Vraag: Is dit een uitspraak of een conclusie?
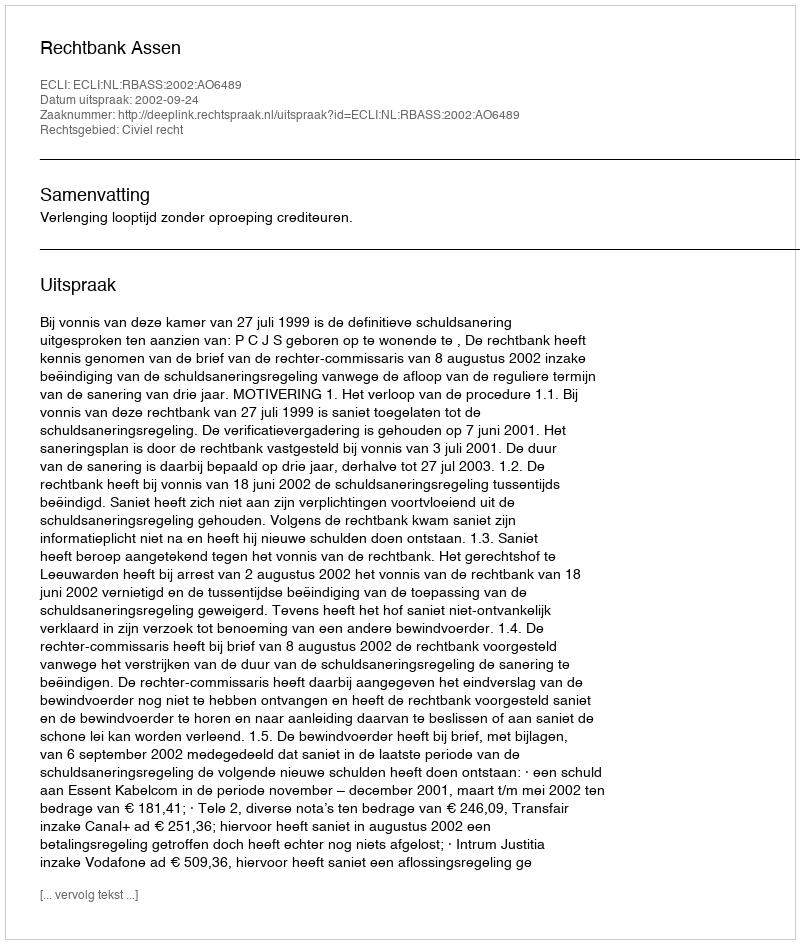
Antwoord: Uitspraak